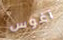
آغوس